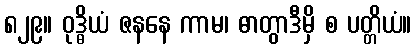
၈၂၉။ ဝုဒ္ဓိယံ ဇနနေ ကာမ၊ ဓာတွာဒီမှိ စ ပတ္တိယံ။